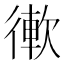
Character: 𢕢